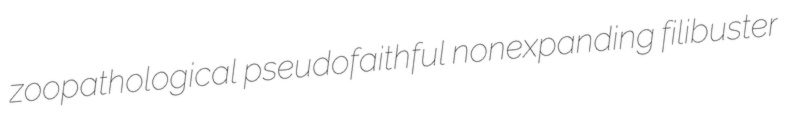
zoopathological pseudofaithful nonexpanding filibuster